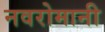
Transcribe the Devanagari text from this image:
नवरोमानी